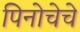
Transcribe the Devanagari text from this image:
पिनोचेचे